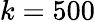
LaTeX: k=500